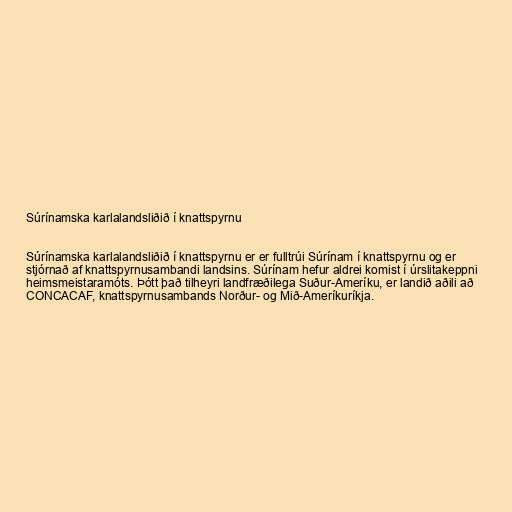
Súrínamska karlalandsliðið í knattspyrnu

Súrínamska karlalandsliðið í knattspyrnu er er fulltrúi Súrínam í knattspyrnu og er
stjórnað af knattspyrnusambandi landsins. Súrínam hefur aldrei komist í úrslitakeppni
heimsmeistaramóts. Þótt það tilheyri landfræðilega Suður-Ameríku, er landið aðili að
CONCACAF, knattspyrnusambands Norður- og Mið-Ameríkuríkja.